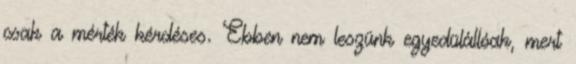
csak a mérték kérdéses. Ebben nem leszünk egyedülállóak, mert